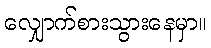
လျှောက်စားသွားနေမှာ။